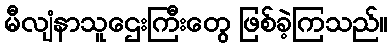
မီလျံနာသူဌေးကြီးတွေ ဖြစ်ခဲ့ကြသည်။